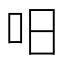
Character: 𠯐